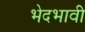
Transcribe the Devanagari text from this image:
भेदभावी